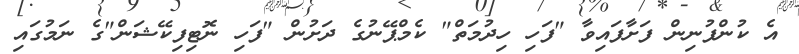
އެ ކުންފުނިން ފަށާފައިވާ "ފަހި ހިދުމަތް" ކެމްޕޭނުގެ ދަށުން "ފަހި ނޮޓިފިކޭޝަން"ގެ ނަމުގައި